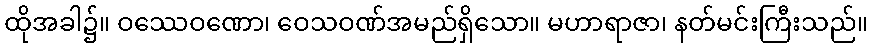
ထိုအခါ၌။ ဝဿေဝဏော၊ ဝေသဝဏ်အမည်ရှိသော။ မဟာရာဇာ၊ နတ်မင်းကြီးသည်။